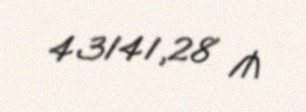
43141,28 ₼